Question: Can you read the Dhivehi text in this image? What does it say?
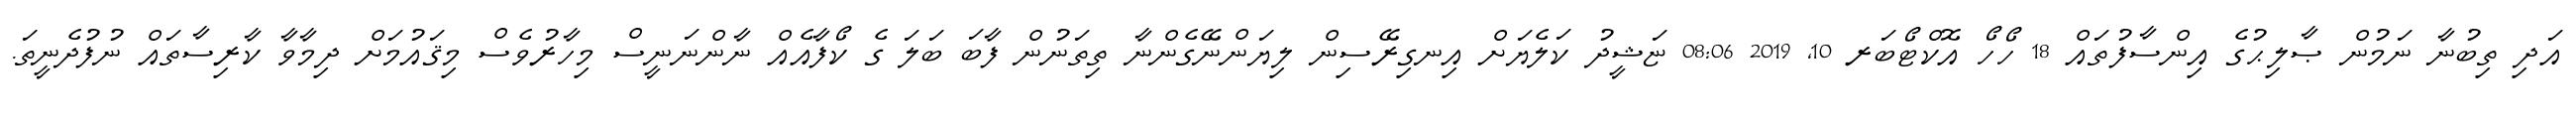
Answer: އަދި ތިބުނާ ނަމުން ޞާލިޙުގެ އިންސާފުތައް 18 ހޯހޯ އޮކްޓޯބަރ 10, 2019 08:06 ޏަޝީދު ކަލެޔަށް އިނގިރޭސިން ލިޔަންނޭގެންނާ ތިތަނުން ފާބަ ބަލަ ގެ ކޯފާއެއް ނާންނަނީސް މިހާރުވެސް މިޤައުމަށް ދިމާވާ ކާރިސާތައް ނުފުދެނީތަ.